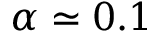
\alpha \simeq 0 . 1